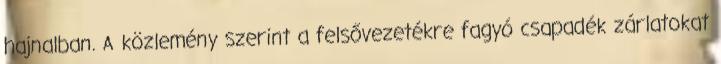
hajnalban. A közlemény szerint a felsővezetékre fagyó csapadék zárlatokat